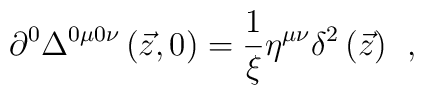
\partial ^0\Delta ^{0\mu 0\nu }\left( \vec z,0\right)=\frac 1\xi \eta ^{\mu \nu }\delta ^2\left( \vec z\right) \;\,,